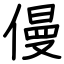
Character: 僈